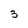
Character: 3